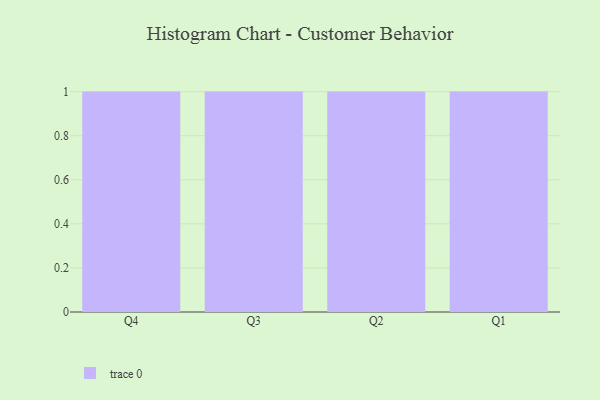
{"axis": {"x": "Quarter", "y": "Website Visitors"}, "legend": [""], "data": [{"x": "Q4", "y": 89, "type": ""}, {"x": "Q3", "y": 77, "type": ""}, {"x": "Q2", "y": 11, "type": ""}, {"x": "Q1", "y": 13, "type": ""}]}